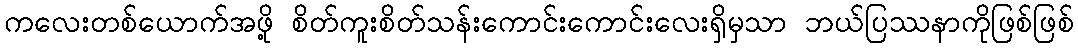
ကလေးတစ်ယောက်အဖို့ စိတ်ကူးစိတ်သန်းကောင်းကောင်းလေးရှိမှသာ ဘယ်ပြဿနာကိုဖြစ်ဖြစ်